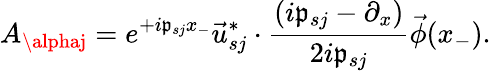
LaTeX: A_{\alphaj}=e^{+i\mathfrak{p}_{sj}x_{-}}\vec{{u}}_{sj}^{*}\cdot\frac{{(i\mathfrak{p}_{sj}-\partial_{x})}}{{2i\mathfrak{p}_{sj}}}\vec{{\phi}}(x_{-}).